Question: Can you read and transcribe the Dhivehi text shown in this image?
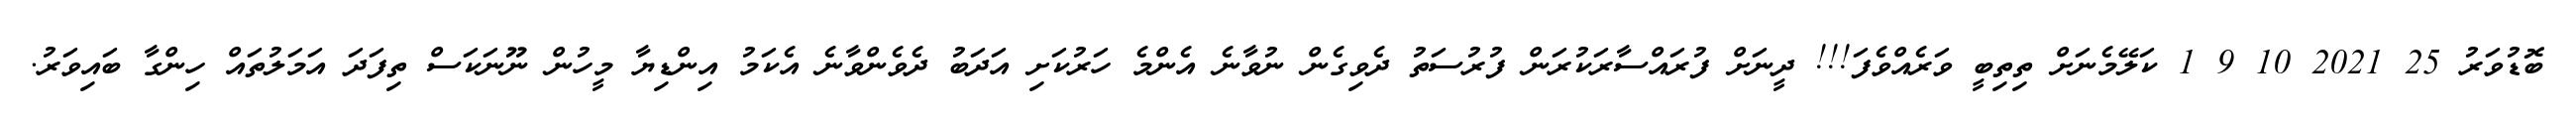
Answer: ބޮޑުވަރު 25 2021 10 9 1 ކަލޭމެނަށް ތިތިބީ ވަރެއްވެފަ!!! ދީނަށް ފުރައްސާރަކުރަން ފުރުސަތު ދެވިގެން ނުވާނެ އެންމެ ހަރުކަށި އަދަބު ދެވެންވާނެ އެކަމު އިންޑިޔާ މީހުން ނޫނަކަސް ތިފަދަ އަމަލުތައް ހިންގާ ބައިވަރު.